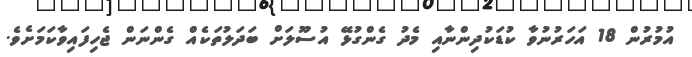
އުމުރުން 18 އަހަރުނުވާ ކުޑަކުދިންނާއި މެދު ގެންގުޅޭ އުސޫލަށް ބަދަލުތަކެއް ގެންނަން ޖެހިފައިވާކަމަށެވެ.